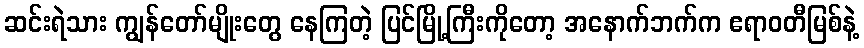
ဆင်းရဲသား ကျွန်တော်မျိုးတွေ နေကြတဲ့ ပြင်မြို့ကြီးကိုတော့ အနောက်ဘက်က ဧရာဝတီမြစ်နဲ့